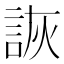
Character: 詼